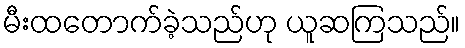
မီးထတောက်ခဲ့သည်ဟု ယူဆကြသည်။